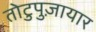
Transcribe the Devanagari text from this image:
तोटुपुज़ायार